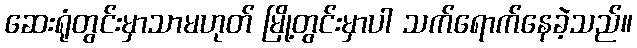
ဆေးရုံတွင်းမှာသာမဟုတ် မြို့တွင်းမှာပါ သက်ရောက်နေခဲ့သည်။